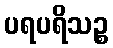
ပရပရိသဉ္စ